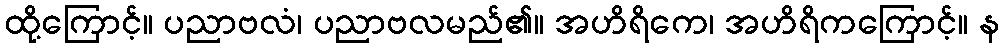
ထို့ကြောင့်။ ပညာဗလံ၊ ပညာဗလမည်၏။ အဟိရိကေ၊ အဟိရိကကြောင့်။ န